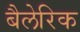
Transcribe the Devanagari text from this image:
बैलेरिक